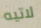
لاتيه